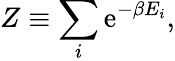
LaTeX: Z\equiv\sum_{i}\mathrm{e}^{-\beta E_{i}},